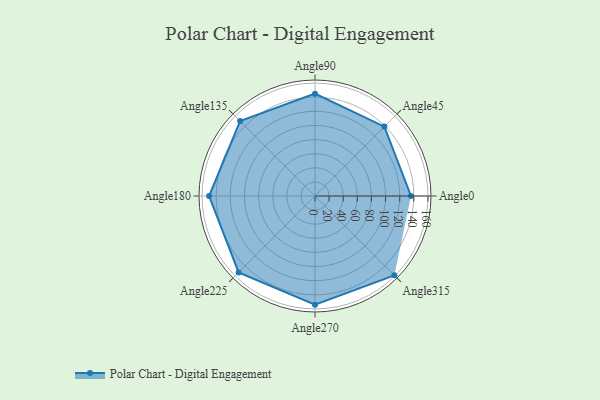
{"axis": {"x": "Angle", "y": "Radius"}, "legend": [""], "data": [{"x": "Angle0", "y": 136.0, "type": ""}, {"x": "Angle45", "y": 139.0, "type": ""}, {"x": "Angle90", "y": 145.0, "type": ""}, {"x": "Angle135", "y": 150.0, "type": ""}, {"x": "Angle180", "y": 150.0, "type": ""}, {"x": "Angle225", "y": 153.0, "type": ""}, {"x": "Angle270", "y": 154.0, "type": ""}, {"x": "Angle315", "y": 159.0, "type": ""}]}